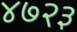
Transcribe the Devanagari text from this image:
४७२३